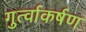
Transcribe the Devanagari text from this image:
गुर्त्वाकर्षण